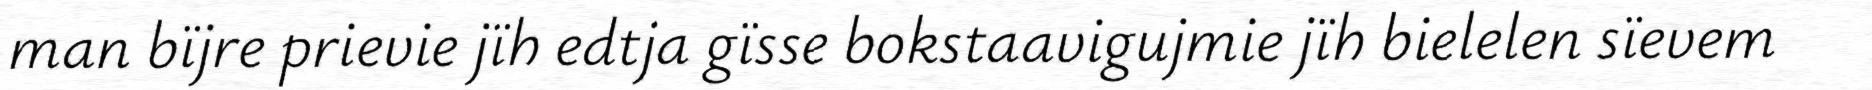
man bïjre prievie jïh edtja gïsse bokstaavigujmie jïh bielelen sïevem